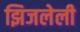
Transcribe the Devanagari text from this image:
झिजलेली